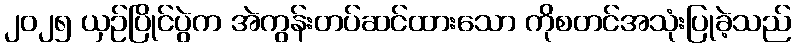
၂၀၂၅ ယှဉ်ပြိုင်ပွဲက အဲကွန်းတပ်ဆင်ထားသော ကိုစတင်အသုံးပြုခဲ့သည်